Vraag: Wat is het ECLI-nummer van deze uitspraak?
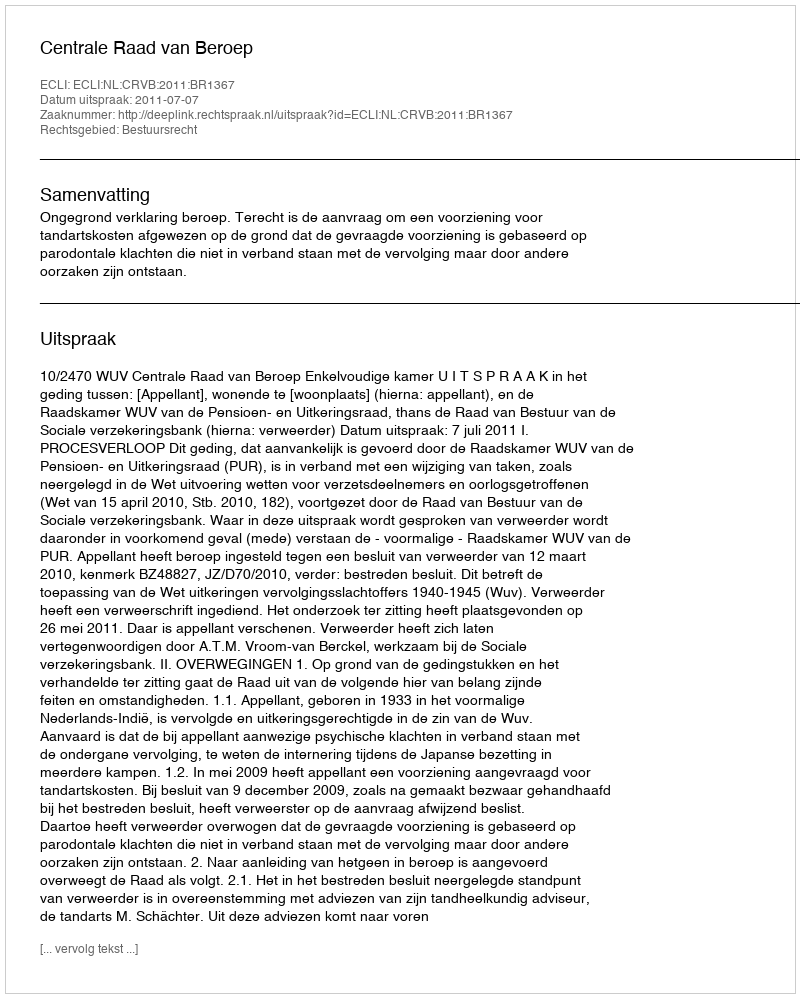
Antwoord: ECLI:NL:CRVB:2011:BR1367